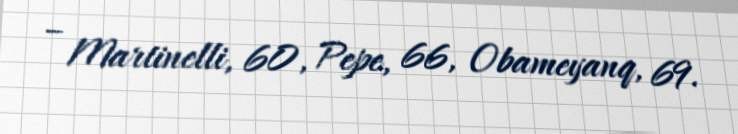
– Martinelli, 60, Pepe, 66, Obameyanq, 69.